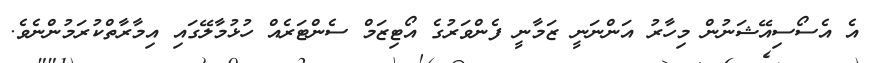
އެ އެސޯސިއޭޝަނުން މިހާރު އަންނަނީ ޒަމާނީ ފެންވަރުގެ އޯޓިޒަމް ސެންޓަރެއް ހުޅުމާލޭގައި އިމާރާތްކުރަމުންނެވެ.